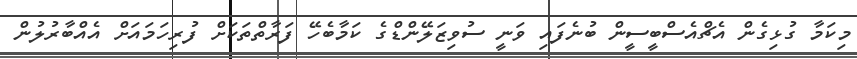
މިކަމާ ގުޅިގެން އެޗްއެސްބީސީން ބުނެފައި ވަނީ ސުވިޒަލޭންޑްގެ ކަމާބެހޭ ފަރާތްތަކަށް ފުރިހަމައަށް އެއްބާރުލުން